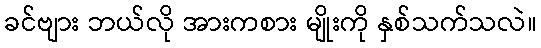
ခင်ဗျား ဘယ်လို အားကစား မျိုးကို နှစ်သက်သလဲ။